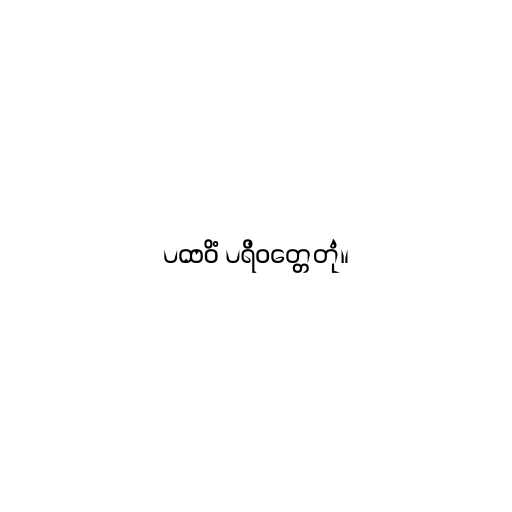
ပထဝိံ ပရိဝတ္တေတုံ။